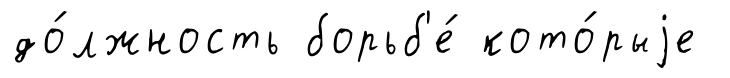
до́лжность борьб'е́ кото́рыjе